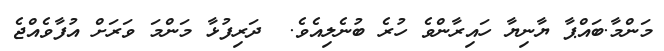
މަންމާ.ބައްޕާ ޔާނިޔާ ހައިރާންވެ ހުރެ ބުނެލިއެވެ.  ދަރިފުޅާ މަންމަ ވަރަށް އުފާވެއްޖެ